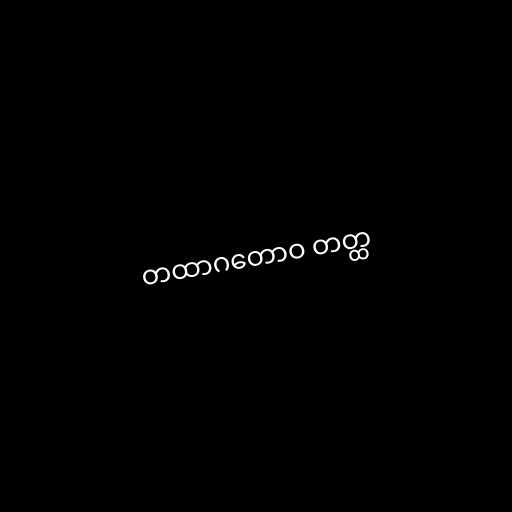
တထာဂတောဝ တတ္ထ